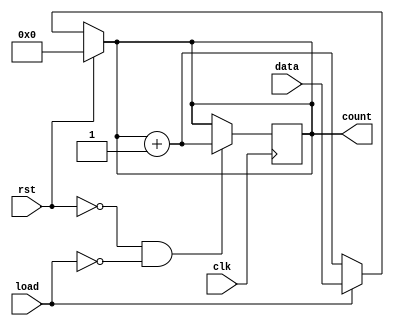
module async_load_counter (
    input wire clk,              // Clock signal
    input wire rst,              // Asynchronous reset
    input wire load,             // Asynchronous load
    input wire [3:0] data,       // 4-bit preset value
    output reg [3:0] count       // 4-bit counter output
);

    // Always block for asynchronous behavior
    always @(*) begin
        if (rst) begin
            count = 4'b0000;      // Reset the counter
        end else if (load) begin
            count = data;         // Load the preset value
        end else begin
            count = count + 1;    // Increment the counter
        end
    end

    // Sequential block for clock-based counting
    always @(posedge clk) begin
        // Only update count on clock edge if not resetting or loading
        if (!rst && !load) begin
            count <= count + 1;    // Increment count on clock edge
        end
    end

    // Initial block for simulation purposes
    initial begin
        count = 4'b0000;          // Initialize count
    end

endmodule